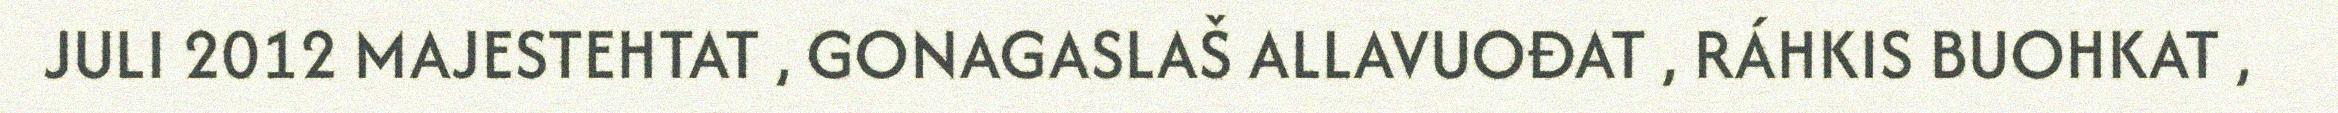
JULI 2012 MAJESTEHTAT , GONAGASLAŠ ALLAVUOĐAT , RÁHKIS BUOHKAT ,